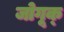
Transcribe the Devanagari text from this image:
जोगूक्